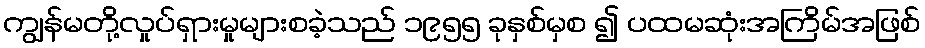
ကျွန်မတို့လှုပ်ရှားမှုများစခဲ့သည် ၁၉၅၅ ခုနှစ်မှစ ၍ ပထမဆုံးအကြိမ်အဖြစ်